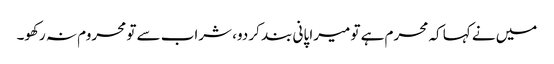
میں نے کہا کہ محرم ہے تو میرا پانی بند کر دو، شراب سے تو محروم نہ رکھو۔